Vaccination in Bombay 1874-1876 - 1874-1876
Year: 1874
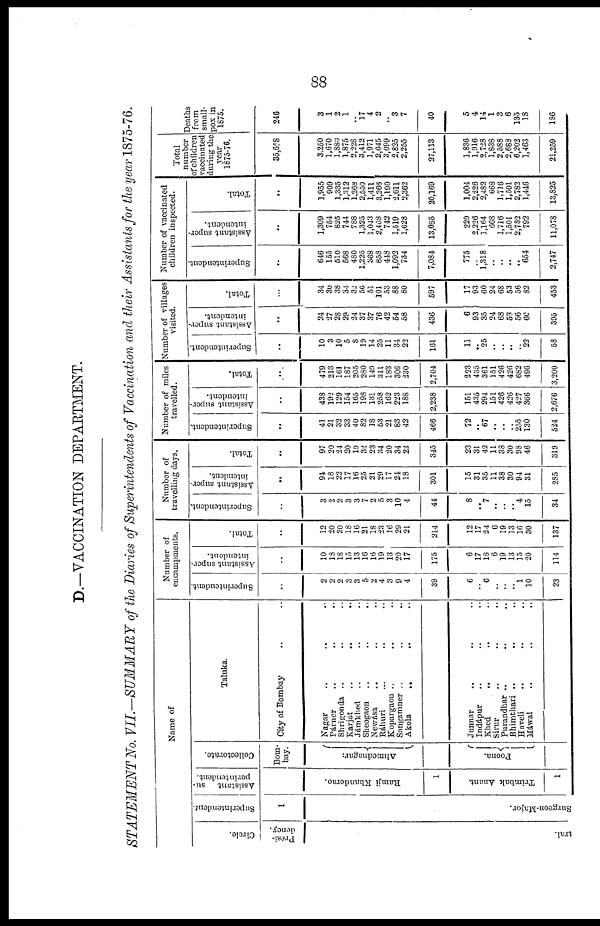
88
D.—VACCINATION DEPARTMENT.
STATEMENT No. VII.—SUMMARY of the Diaries of Superintendents of Vaccination and their Assistants for the year 1875-76.
Name of
Circle.
Presi-
dency.
tral.
Superintendent.
1
Surgeon-Major.
Assistant su-
perintendent.
Ramji Khanderao.
Trimbak Anant.
Collectorate.
Bom-
bay.
Ahmednagar.
Poona.
Taluka.
City of Bombay .. ..
Nagar .. .. ..
Párner .. .. ..
Shrigonda .. .. ..
Karjat .. .. ..
Jámkhed .. .. ..
Sheogaon .. .. ..
Newása .. .. ..
Ráhuri ... .. ..
Kopargaon .. .. ..
Sangamner .. .. ..
Akola .. .. ..
Junnar .. .. ..
Indápur .. .. ..
Khed .. .. ..
Sirur .. .. ..
Purandhar .. .. ..
Bhimthari .. .. ..
Haveli .. .. ..
Máwal .. .. ..
Number of
encampments.
Superintendent.
..
2
2
2
3
3
5
2
4
3
9
4
39
6
..
6
..
..
..
1
10
23
Assistant super-
intendent.
..
10
18
18
15
13
16
16
19
13
20
17
175
6
17
18
6
19
13
15
20
114
Total.
..
12
20
20
18
16
21
18
23
16
29
21
214
12
17
24
6
19
13
16
30
137
Number of
travelling days.
Superintendent.
..
3
2
2
3
3
7
2
5
3
10
4
44
8
..
7
..
..
..
4
15
34
Assistant super-
intendent.
..
94
18
22
17
16
25
21
29
17
24
18
301
15
31
35
11
38
30
94
31
285
Total.
..
97
20
24
20
19
32
23
34
20
34
22
345
23
31
42
11
38
30
98
46
319
Number of miles
travelled.
Superintendent.
..
41
21
32
33
40
82
18
53
21
83
42
466
72
..
67
..
..
..
255
130
524
Assistant super-
intendent.
..
438
192
129
154
165
198
131
258
162
223
188
2,238
151
435
294
151
426
426
427
366
2,676
Total.
..
479
213
161
187
205
280
149
311
183
306
230
2,704
223
435
361
151
426
426
682
496
3,200
Number of villages
visited.
Superintendent.
..
10
3
10
5
8
19
14
25
11
34
22
161
11
.. 25
..
..
..
..
22
53
Assistant super-
intendent.
..
24
27
28
29
24
37
37
76
42
54
58
436
6
93
35
24
68
53
56
60
395
Total.
..
34
30
38
34
32
56
51
101
53
88
80
597
17
93
60
24
68
53
56
82
453
Number of vaccinated
children inspected.
Superintendent.
..
646
155
510
568
480
1,225
368
858
448
1,092
734
7,084
775
..
1,318
..
..
..
..
654
2,747
Assistant super-
intendent.
..
1,309
754
825
744
788
1,325
1,043
2,408
742
1,519
1,628
13,085
229
2,226
1,164
668
1,716
1,501
2,782
792
11,078
Total.
..
1,955
909
1,335
1,312
1,268
2,550
1,411
3,266
1,190
2,611
2,362
20,169
1,004
2,226
2,482
668
1,716
1,501
2,782
1,446
13,825
Total
number
of children
vaccinated
during the
year
1875-76.
35,658
3,250
1,670
1,883
1,875
2,228
3,412
1,971
2,645
3,099
2,825
2,255
27,113
1,836
1,916
2,728
1,838
2,588
2,688
6,202
1,463
21,259
Deaths
from
small-
pox in
1875.
246
3
1
2
1
..
17
4
2
..
3
7
40
5
4
14
1
3
6
135
18
186